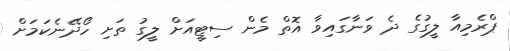
ޕްރެމިއާ ލީގުގެ ދެ ވަނާގައިވާ އޮތް މެން ސިޓީއަށް ލީގު ތަށި ހޯދޭނެކަމަށް